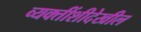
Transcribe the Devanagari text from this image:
व्यक्तींशीदेखील